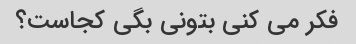
فکر می کنی بتونی بگی کجاست؟